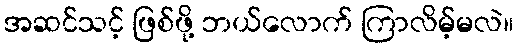
အဆင်သင့် ဖြစ်ဖို့ ဘယ်လောက် ကြာလိမ့်မလဲ။